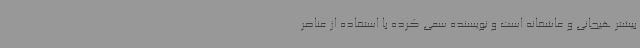
بیشتر هیجانی و عاشقانه است و نویسنده سعی کرده با استفاده از عناصر